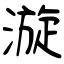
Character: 漩